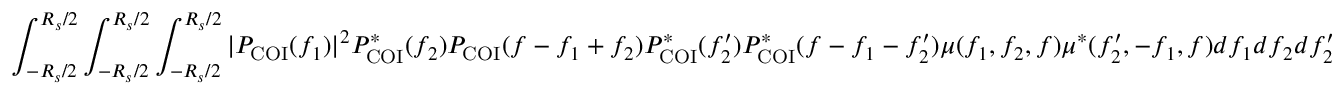
\int _ { - R _ { s } / 2 } ^ { R _ { s } / 2 } \int _ { - R _ { s } / 2 } ^ { R _ { s } / 2 } \int _ { - R _ { s } / 2 } ^ { R _ { s } / 2 } | P _ { \mathrm { C O I } } ( f _ { 1 } ) | ^ { 2 } P _ { \mathrm { C O I } } ^ { \ast } ( f _ { 2 } ) P _ { \mathrm { C O I } } ( f - f _ { 1 } + f _ { 2 } ) P _ { \mathrm { C O I } } ^ { \ast } ( f _ { 2 } ^ { \prime } ) P _ { \mathrm { C O I } } ^ { \ast } ( f - f _ { 1 } - f _ { 2 } ^ { \prime } ) \mu ( f _ { 1 } , f _ { 2 } , f ) \mu ^ { \ast } ( f _ { 2 } ^ { \prime } , - f _ { 1 } , f ) d f _ { 1 } d f _ { 2 } d f _ { 2 } ^ { \prime }